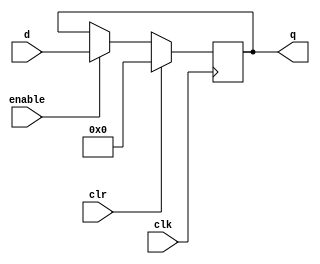
`timescale 1ns/10ps

module reg_32_bits #(parameter qInitial = 0)(
	input wire clk, 
	input wire clr,
	input wire enable,
	input wire [31:0] d,
	output reg [31:0] q
);
		
	
	initial q = qInitial;
	always@(posedge clk) 
	begin
		if (clr) begin
			q[31:0] = 32'b0;
		end
		else if(enable) begin
			q[31:0] = d[31:0];
		end 
	end
endmodule